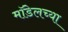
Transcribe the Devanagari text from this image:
मॉडेलच्या